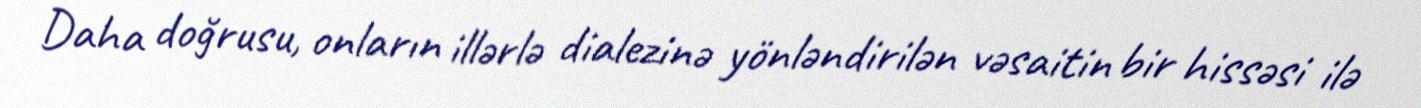
Daha doğrusu, onların illərlə dialezinə yönləndirilən vəsaitin bir hissəsi ilə